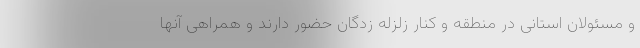
و مسئولان استانی در منطقه و کنار زلزله زدگان حضور دارند و همراهی آنها